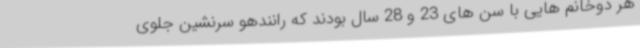
هر دوخانم هایی با سن های 23 و 28 سال بودند که رانندهو سرنشین جلوی